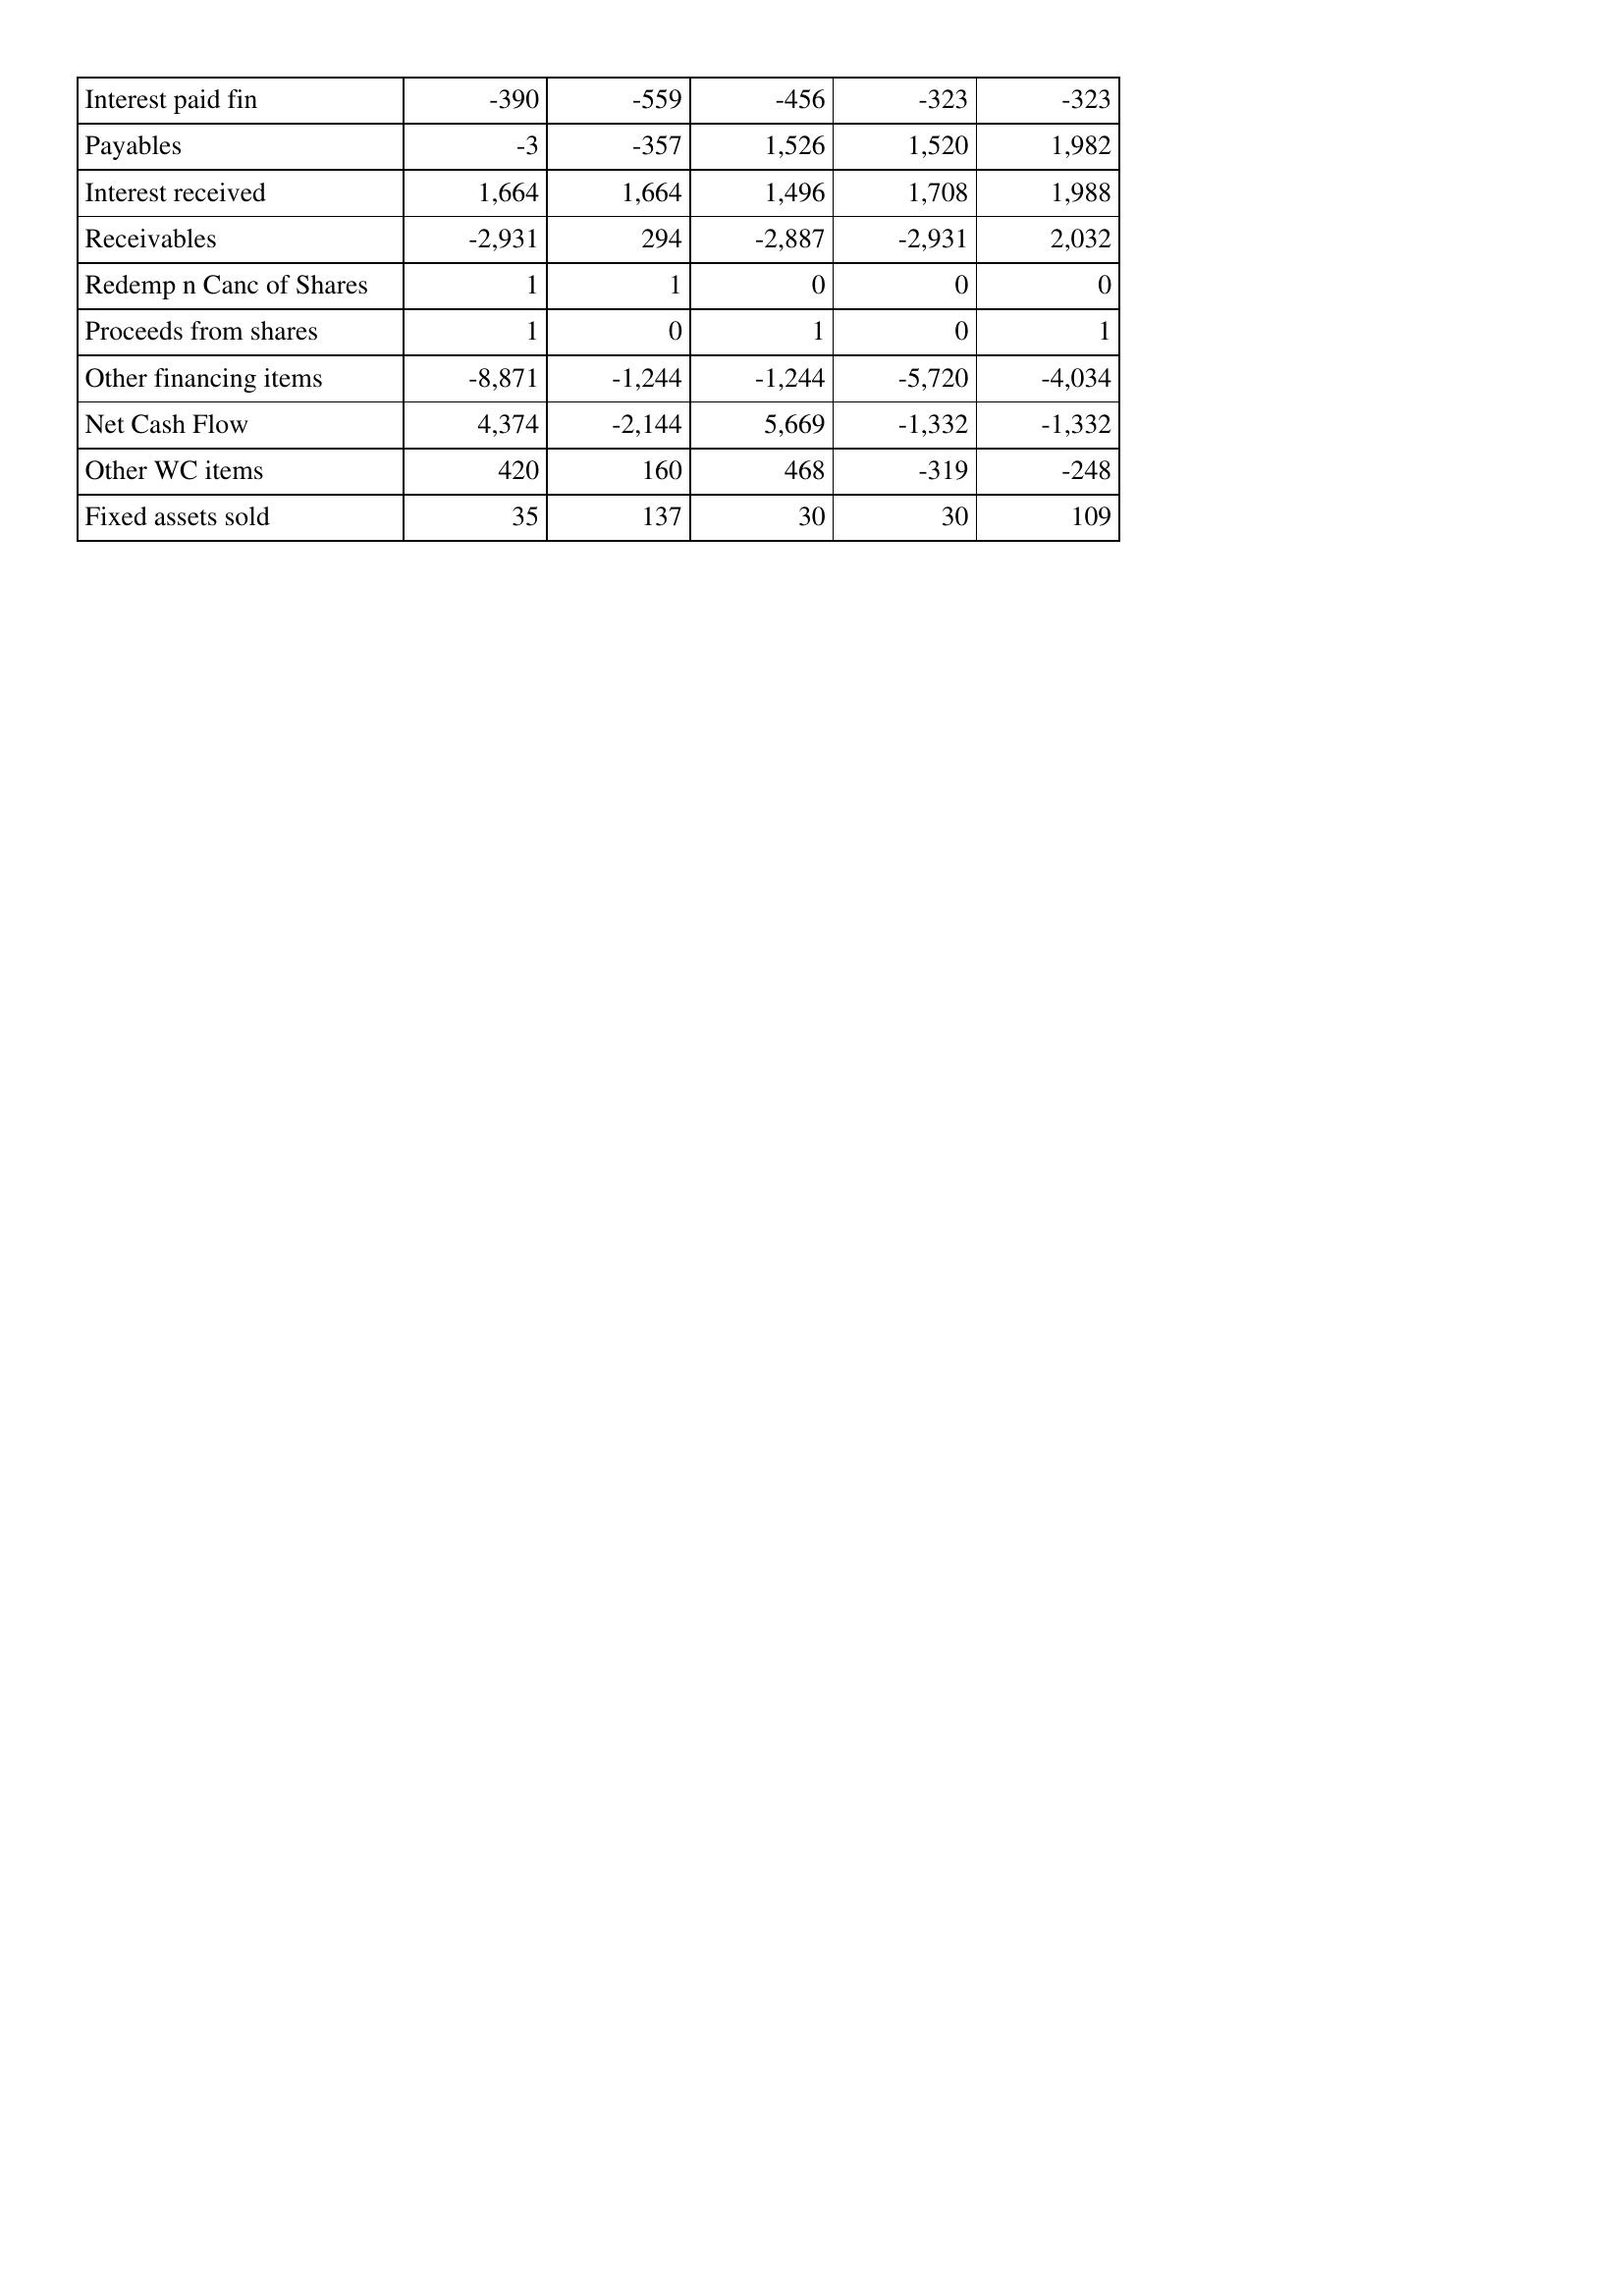
May-13: Cash Flows: Interest paid fin: -390
Payables: -3
Interest received: 1,664
Receivables: -2,931
Redemp n Canc of Shares: 1
Proceeds from shares: 1
Other financing items: -8,871
Net Cash Flow: 4,374
Other WC items: 420
Fixed assets sold: 35
May-12: Cash Flows: Interest paid fin: -559
Payables: -357
Interest received: 1,664
Receivables: 294
Redemp n Canc of Shares: 1
Proceeds from shares: 0
Other financing items: -1,244
Net Cash Flow: -2,144
Other WC items: 160
Fixed assets sold: 137
May-11: Cash Flows: Interest paid fin: -456
Payables: 1,526
Interest received: 1,496
Receivables: -2,887
Redemp n Canc of Shares: 0
Proceeds from shares: 1
Other financing items: -1,244
Net Cash Flow: 5,669
Other WC items: 468
Fixed assets sold: 30
May-10: Cash Flows: Interest paid fin: -323
Payables: 1,520
Interest received: 1,708
Receivables: -2,931
Redemp n Canc of Shares: 0
Proceeds from shares: 0
Other financing items: -5,720
Net Cash Flow: -1,332
Other WC items: -319
Fixed assets sold: 30
May-09: Cash Flows: Interest paid fin: -323
Payables: 1,982
Interest received: 1,988
Receivables: 2,032
Redemp n Canc of Shares: 0
Proceeds from shares: 1
Other financing items: -4,034
Net Cash Flow: -1,332
Other WC items: -248
Fixed assets sold: 109